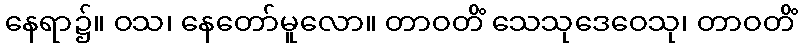
နေရာ၌။ ဝသ၊ နေတော်မူလော။ တာဝတိံ သေသုဒေဝေသု၊ တာဝတိံ